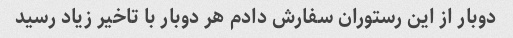
دوبار از این رستوران سفارش دادم هر دوبار با تاخیر زیاد رسید